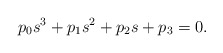
\begin{align*}p_0 s^3 +p_1 s^2 +p_2 s +p_3 =0.\end{align*}